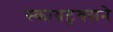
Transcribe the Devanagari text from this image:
स्कायट्रक्सने